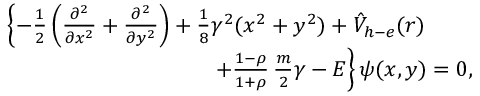
\begin{array} { r } { \left\{ - \frac { 1 } { 2 } \left( \frac { \partial ^ { 2 } } { \partial x ^ { 2 } } + \frac { \partial ^ { 2 } } { \partial y ^ { 2 } } \right) + \frac { 1 } { 8 } \gamma ^ { 2 } ( x ^ { 2 } + y ^ { 2 } ) + { \hat { V } } _ { h - e } ( r ) \right. \qquad } \\ { \left. \qquad + \frac { 1 - \rho } { 1 + \rho } \, \frac { m } { 2 } \gamma - E \right\} \psi ( x , y ) = 0 , } \end{array}